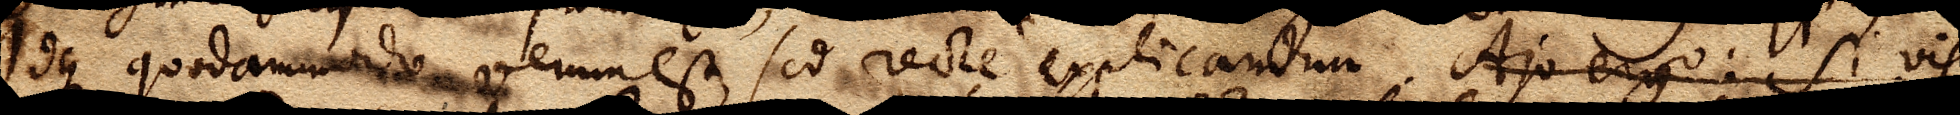
Idque quodammodo verumest, sed recte explicandum. Ajo ergo: Si vis